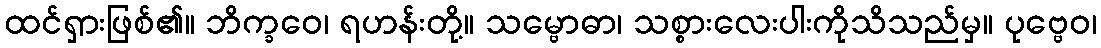
ထင်ရှားဖြစ်၏။ ဘိက္ခဝေ၊ ရဟန်းတို့။ သမ္ဗောဓာ၊ သစ္စားလေးပါးကိုသိသည်မှ။ ပုဗ္ဗေဝ၊